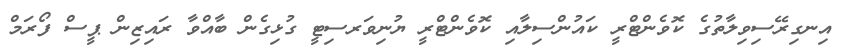
އިނގިރޭސިވިލާތުގެ ކޮވެންޓްރީ ކައުންސިލާއި ކޮވެންޓްރީ ޔުނިވަރސިޓީ ގުޅިގެން ބާއްވާ ރައިޒިން ޕީސް ފޯރަމް